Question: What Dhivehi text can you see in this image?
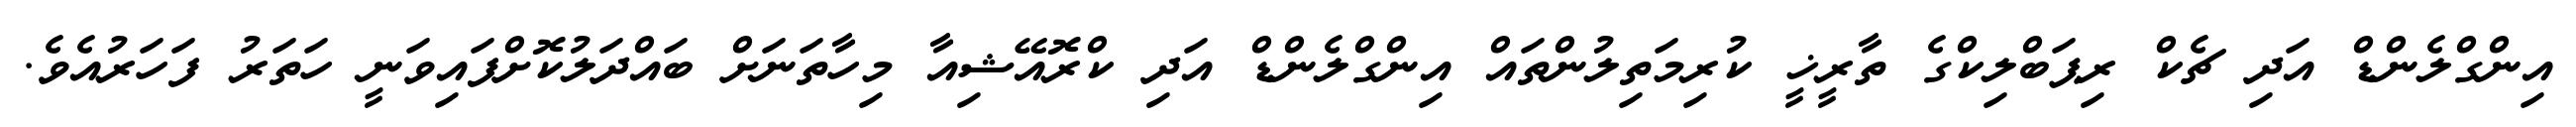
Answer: އިންގްލެންޑް އަދި ޗެކް ރިޕަބްލިކްގެ ތާރީޚީ ކުރިމަތިލުންތައް އިންގްލެންޑް އަދި ކްރޮއޭޝިއާ މިހާތަނަށް ބައްދަލުކޮށްފައިވަނީ ހަތަރު ފަހަރުއެވެ.